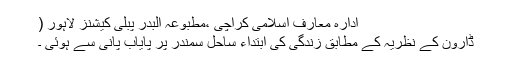
ادارہ معارف اسلامی کراچی ،مطبوعہ البدر پبلی کیشنز لاہور (
ڈارون کے نظریہ کے مطابق زندگی کی ابتداء ساحل سمندر پر پایاب پانی سے ہوئی ۔